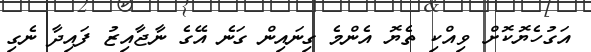
އަގުހެޔޮކޮށް ވިއްކި ތެޔޮ އެންމެ ގިނައިން ގަނެ އޭގެ ނާޖާއިޒު ފައިދާ ނެގި